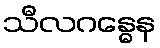
သီလဂန္ဓေန